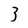
Character: 3